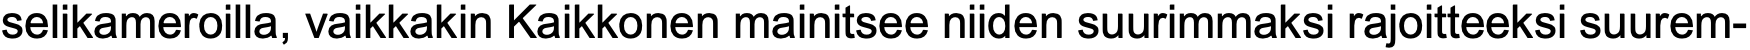
selikameroilla, vaikkakin Kaikkonen mainitsee niiden suurimmaksi rajoitteeksi suurem-